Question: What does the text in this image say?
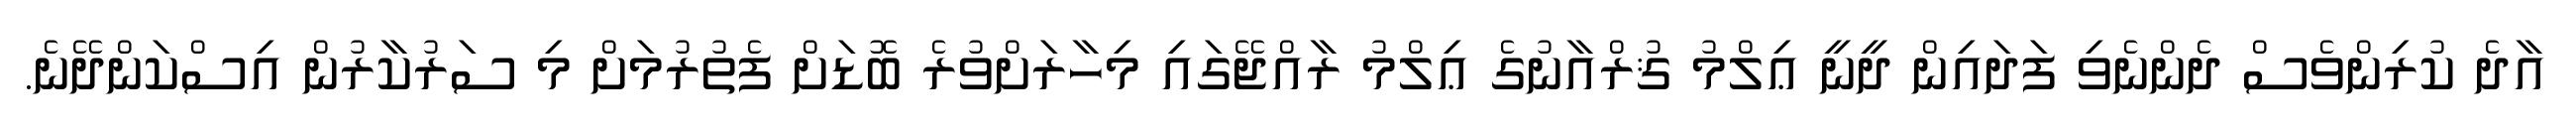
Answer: އާދެ ކުރިންވެސް ދެންނެވި ފަދައިން ދީނީ ޢިލްމު ޤުރްއާނުގެ ޢިލްމު ރާއްޖޭގައި މިހާރަށްވުރެ ބޮޑަށް ފެތުރުމަށް މި ސަރުކާރުން އިސްކަންދޭނެ.